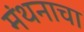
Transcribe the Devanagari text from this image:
मंथनाचा